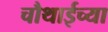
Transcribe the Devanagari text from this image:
चौथाईच्या